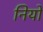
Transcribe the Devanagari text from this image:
नियों